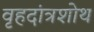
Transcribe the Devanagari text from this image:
वृहदांत्रशोथ